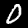
Label: 0